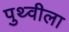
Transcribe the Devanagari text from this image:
पुथ्वीला